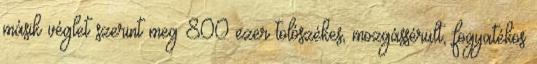
másik véglet szerint meg 800 ezer tolószékes, mozgássérült, fogyatékos